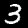
Label: 3